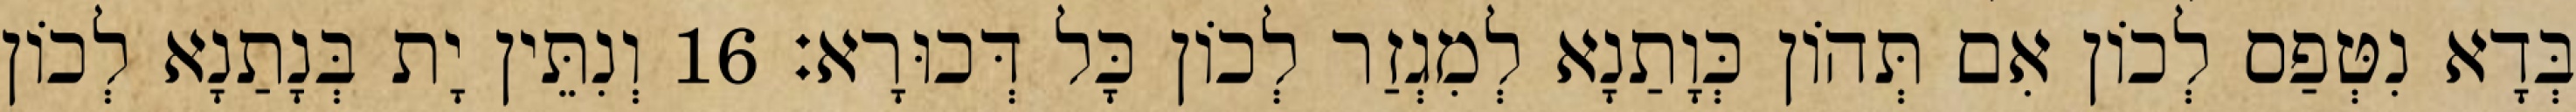
בְּדָא נִטְּפַס לְכוֹן אִם תְּהוֹן כְּוָתַנָא לְמִגְזַר לְכוֹן כָּל דְּכוּרָא׃ 16 וְנִתֵּין יָת בְּנָתַנָא לְכוֹן